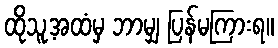
ထိုသူ့အထံမှ ဘာမျှ ပြန်မကြားရ။